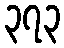
၃၇၃